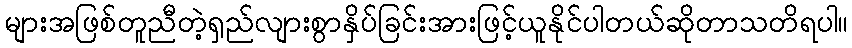
များအဖြစ်တူညီတဲ့ရှည်လျားစွာနှိပ်ခြင်းအားဖြင့်ယူနိုင်ပါတယ်ဆိုတာသတိရပါ။